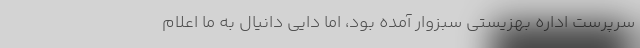
سرپرست اداره بهزیستی سبزوار آمده بود، اما دایی دانیال به ما اعلام